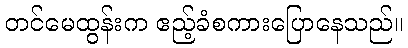
တင်မေထွန်းက ဧည့်ခံစကားပြောနေသည်။